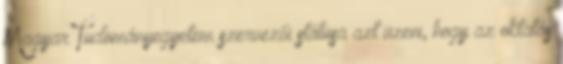
Magyar Tudományegyetem szervezői státusa azt üzeni, hogy az oktatás